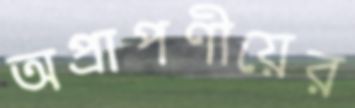
অপ্রাপণীয়ের